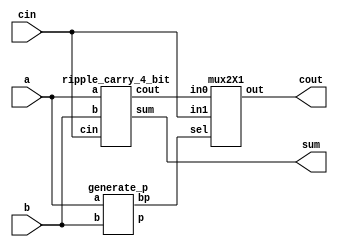
module carry_skip_4bit(a, b, cin, sum, cout);
input [3:0] a,b;
input cin;
output [3:0] sum;
output cout;
wire [3:0] p;
wire c0;
wire bp;
 
ripple_carry_4_bit rca1 (.a(a[3:0]), .b(b[3:0]), .cin(cin), .sum(sum[3:0]), .cout(c0));
generate_p p1(a,b,p,bp);
mux2X1 m0(.in0(c0),.in1(cin),.sel(bp),.out(cout));
 
endmodule
 
module generate_p(a,b,p,bp);
input [3:0] a,b;
output [3:0] p;
output bp;
assign p= a^b;
assign bp= &p;
endmodule
 

module ripple_carry_4_bit(a, b, cin, sum, cout);
input [3:0] a,b;
input cin;
wire c1,c2,c3;
output [3:0] sum;
output cout;
 
full_adder fa0(.a(a[0]), .b(b[0]),.cin(cin), .sum(sum[0]),.cout(c1));
full_adder fa1(.a(a[1]), .b(b[1]), .cin(c1), .sum(sum[1]),.cout(c2));
full_adder fa2(.a(a[2]), .b(b[2]), .cin(c2), .sum(sum[2]),.cout(c3));
full_adder fa3(.a(a[3]), .b(b[3]), .cin(c3), .sum(sum[3]),.cout(cout));
endmodule
 
module full_adder(a,b,cin,sum, cout);
input a,b,cin;
output sum, cout;
wire x,y,z;
half_adder h1(.a(a), .b(b), .sum(x), .cout(y));
half_adder h2(.a(x), .b(cin), .sum(sum), .cout(z));
or or_1(cout,z,y);
endmodule


module half_adder( a,b, sum, cout );
input a,b;
output sum, cout;
xor xor_1 (sum,a,b);
and and_1 (cout,a,b);
endmodule
 

module mux2X1( in0,in1,sel,out);
input in0,in1;
input sel;
output out;
assign out=(sel)?in1:in0;
endmodule